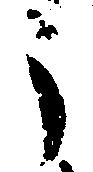
う